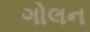
ગોલન